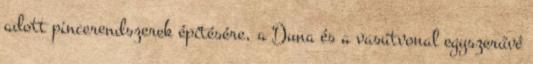
adott pincerendszerek építésére, a Duna és a vasútvonal egyszerűvé